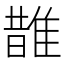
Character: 䧿